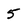
Character: 5